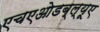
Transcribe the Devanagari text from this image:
एचएओडब्ल्यूए